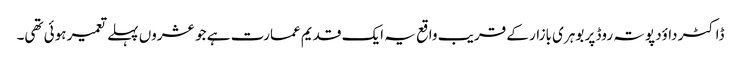
ڈاکٹر داوٴد پوتہ روڈ پر بوہری بازار کے قریب واقع یہ ایک قدیم عمارت ہے جو عشروں پہلے تعمیر ہوئی تھی۔